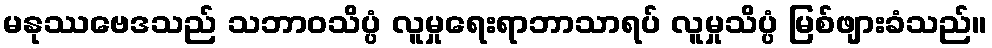
မနုဿဗေဒသည် သဘာဝသိပ္ပံ လူမှုရေးရာဘာသာရပ် လူမှုသိပ္ပံ မြစ်ဖျားခံသည်။